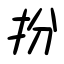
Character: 扮